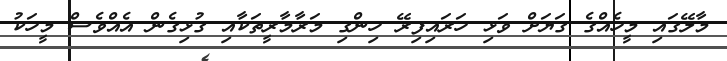
މާލޭގައި މީހެއްގެ ގަޔަށް ވަޅި ހަރައިފިރޭ ހިންގި މަރާމާރީތަކާއި ގުޅިގެން އެއްވެސް މީހަކު